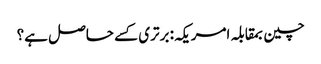
چین بمقابلہ امریکہ: برتری کسے حاصل ہے؟